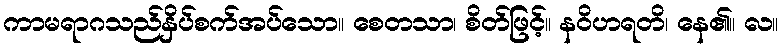
ကာမရာဂသည်နှိပ်စက်အပ်သော။ စေတသာ၊ စိတ်ဖြင့်။ နဝိဟရတိ၊ နေ၏။ လ။